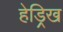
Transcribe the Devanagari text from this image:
हेड्रिख